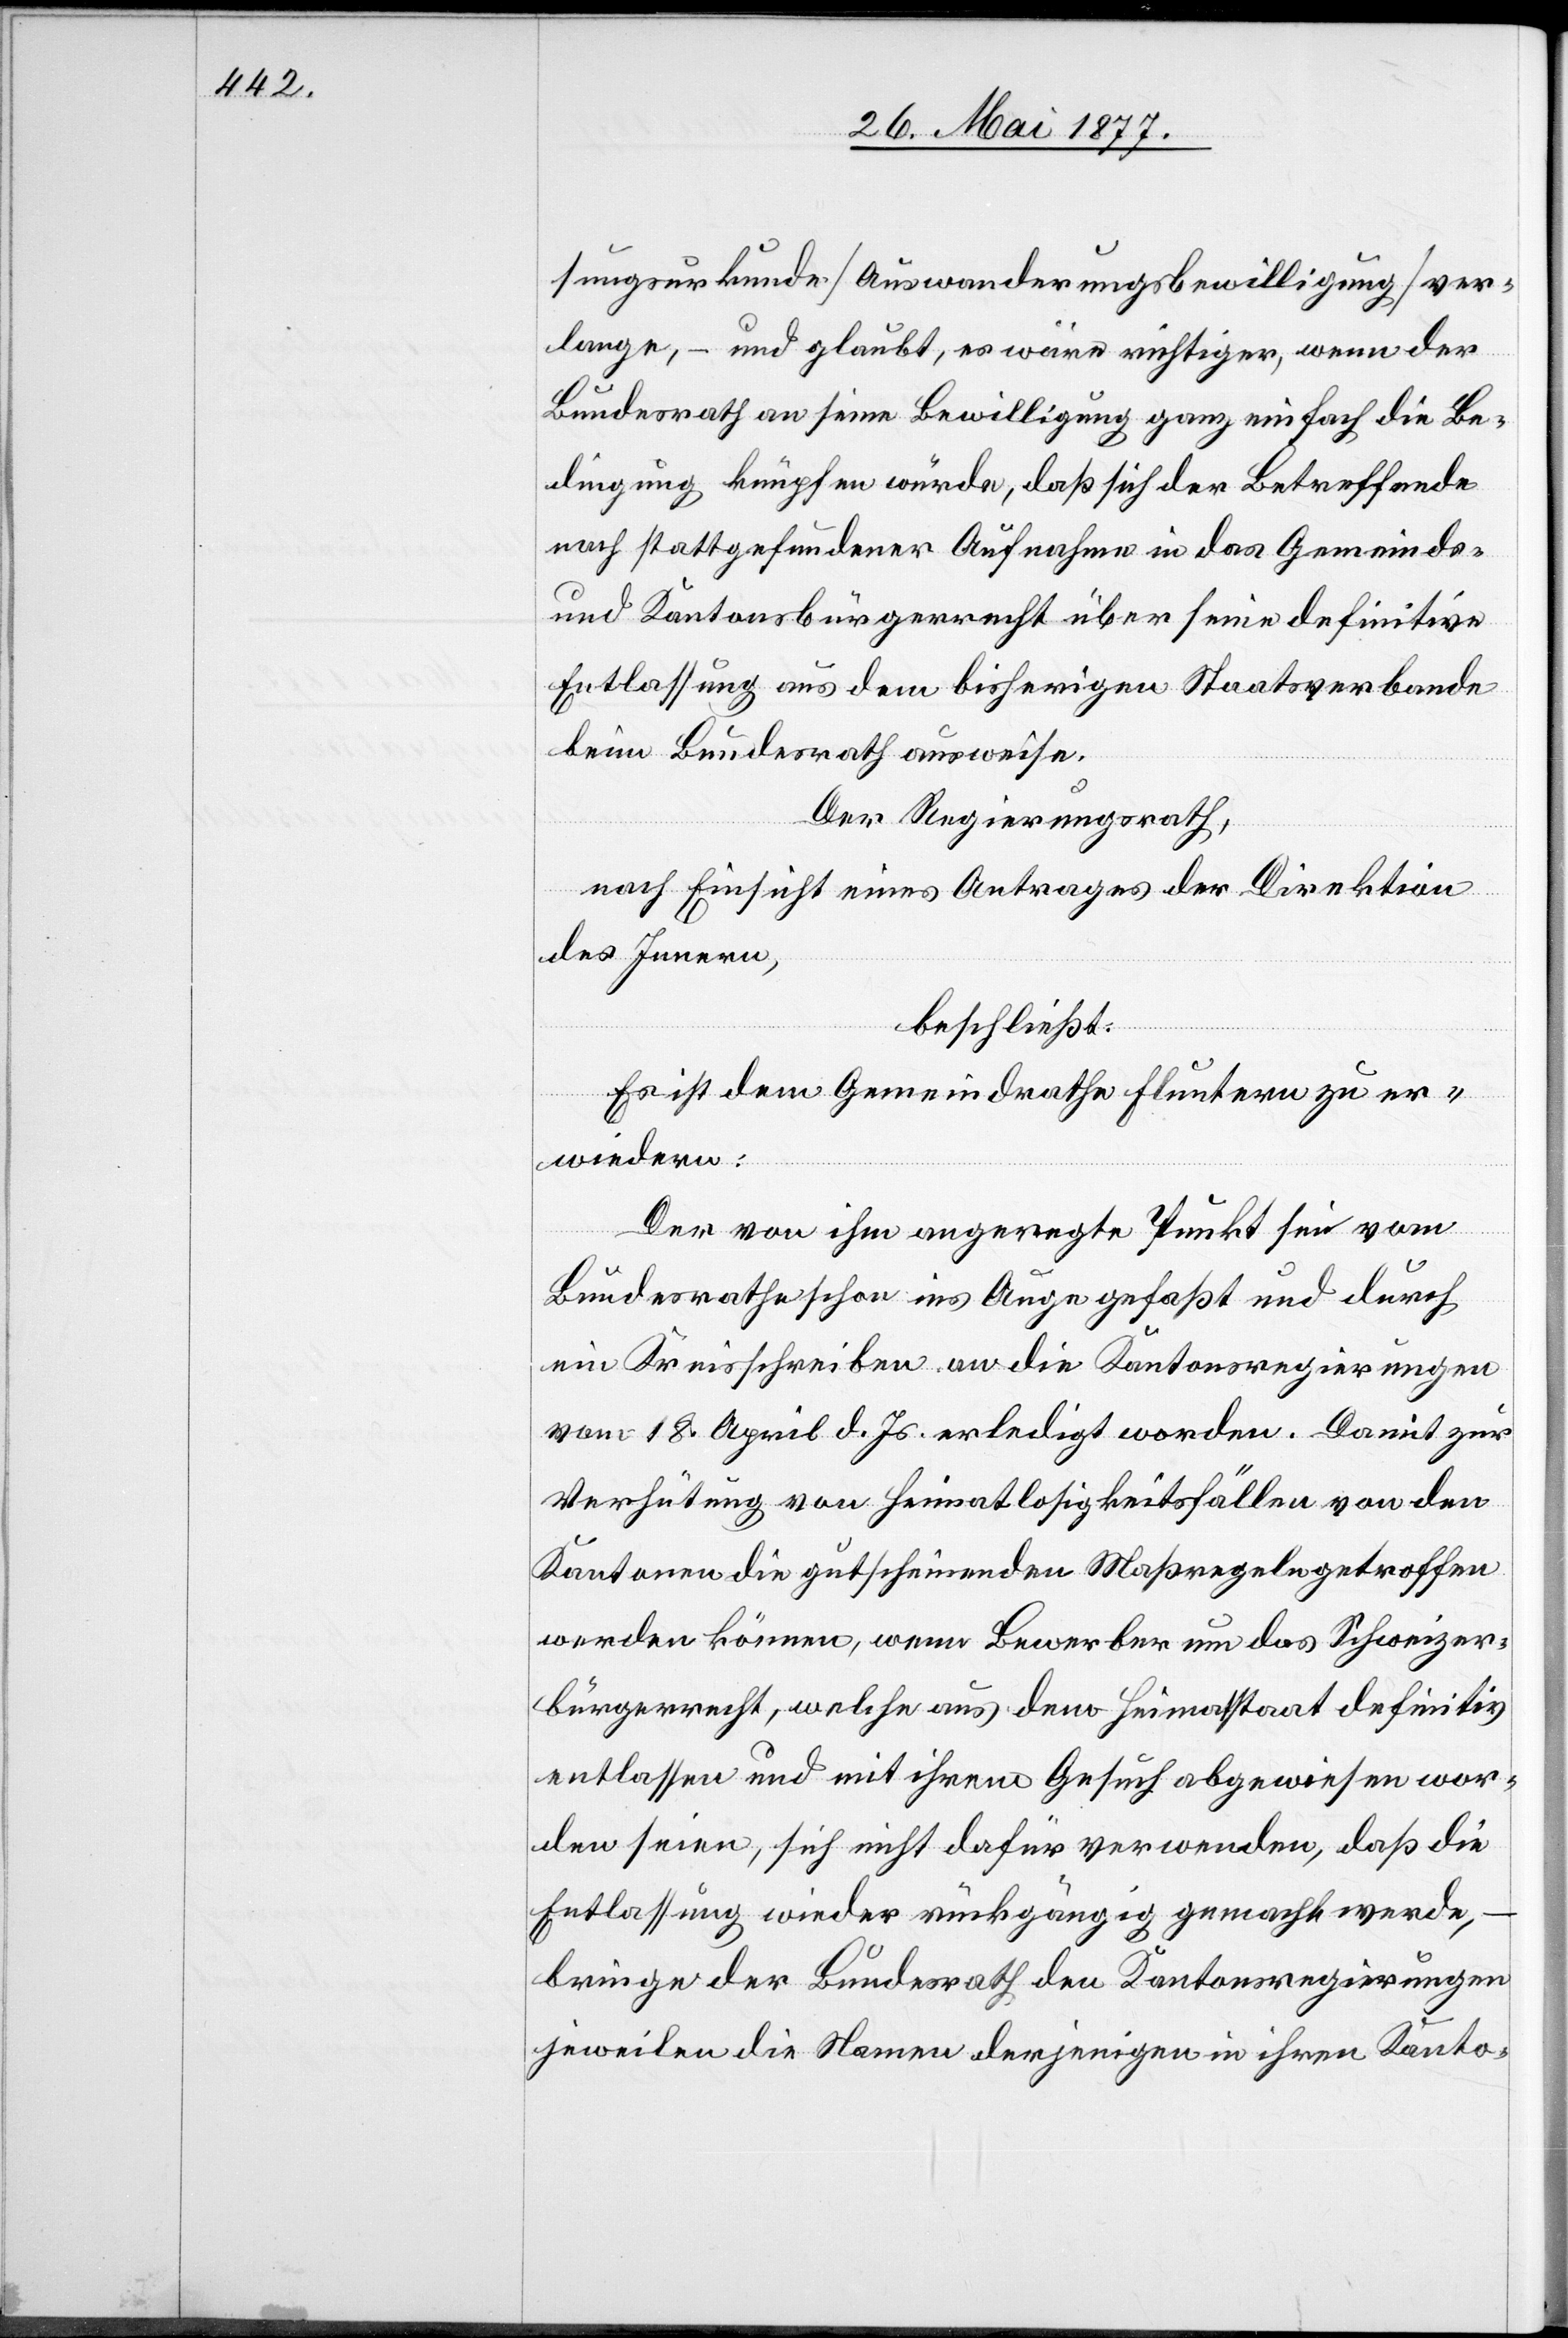
sungsurkunde [Auswanderungsbewilligung] ver¬
lange, – und glaubt, es wäre richtiger, wenn der
Bundesrath an seine Bewilligung ganz einfach die Be¬
dingung knüpfen würde, daß sich der Betreffende
nach stattgefundener Aufnahme in das Gemeinds-
und Kantonsbürgerrecht über seine definitive
Entlassung aus dem bisherigen Staatsverbande
beim Bundesrath ausweise.
Der Regierungsrath,
nach Einsicht eines Antrages der Direktion
des Innern,
beschließt:
Es ist dem Gemeindrath Fluntern zu er¬
wiedern:
Der von ihm angeregte Punkt sei vom
Bundesrathe schon ins Auge gefaßt und durch
ein Kreisschreiben an die Kantonsregierungen
vom 18. April d. Js. erledigt worden. Damit zur
Verhütung von Heimatlosigkeitsfällen von den
Kantonen die gutscheinenden Maßregeln getroffen
werden können, wenn Bewerber um das Schweizer¬
bürgerrecht, welche aus dem Heimatstaat definitiv
entlassen und mit ihrem Gesuch abgewiesen wor¬
den seien, sich nicht dafür verwenden, daß die
Entlassung wieder rückgängig gemacht werde,
bringe der Bundesrath den Kantonsregierungen
jeweilen die Namen derjenigen in ihren Kanto-